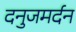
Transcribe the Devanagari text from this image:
दनुजमर्दन